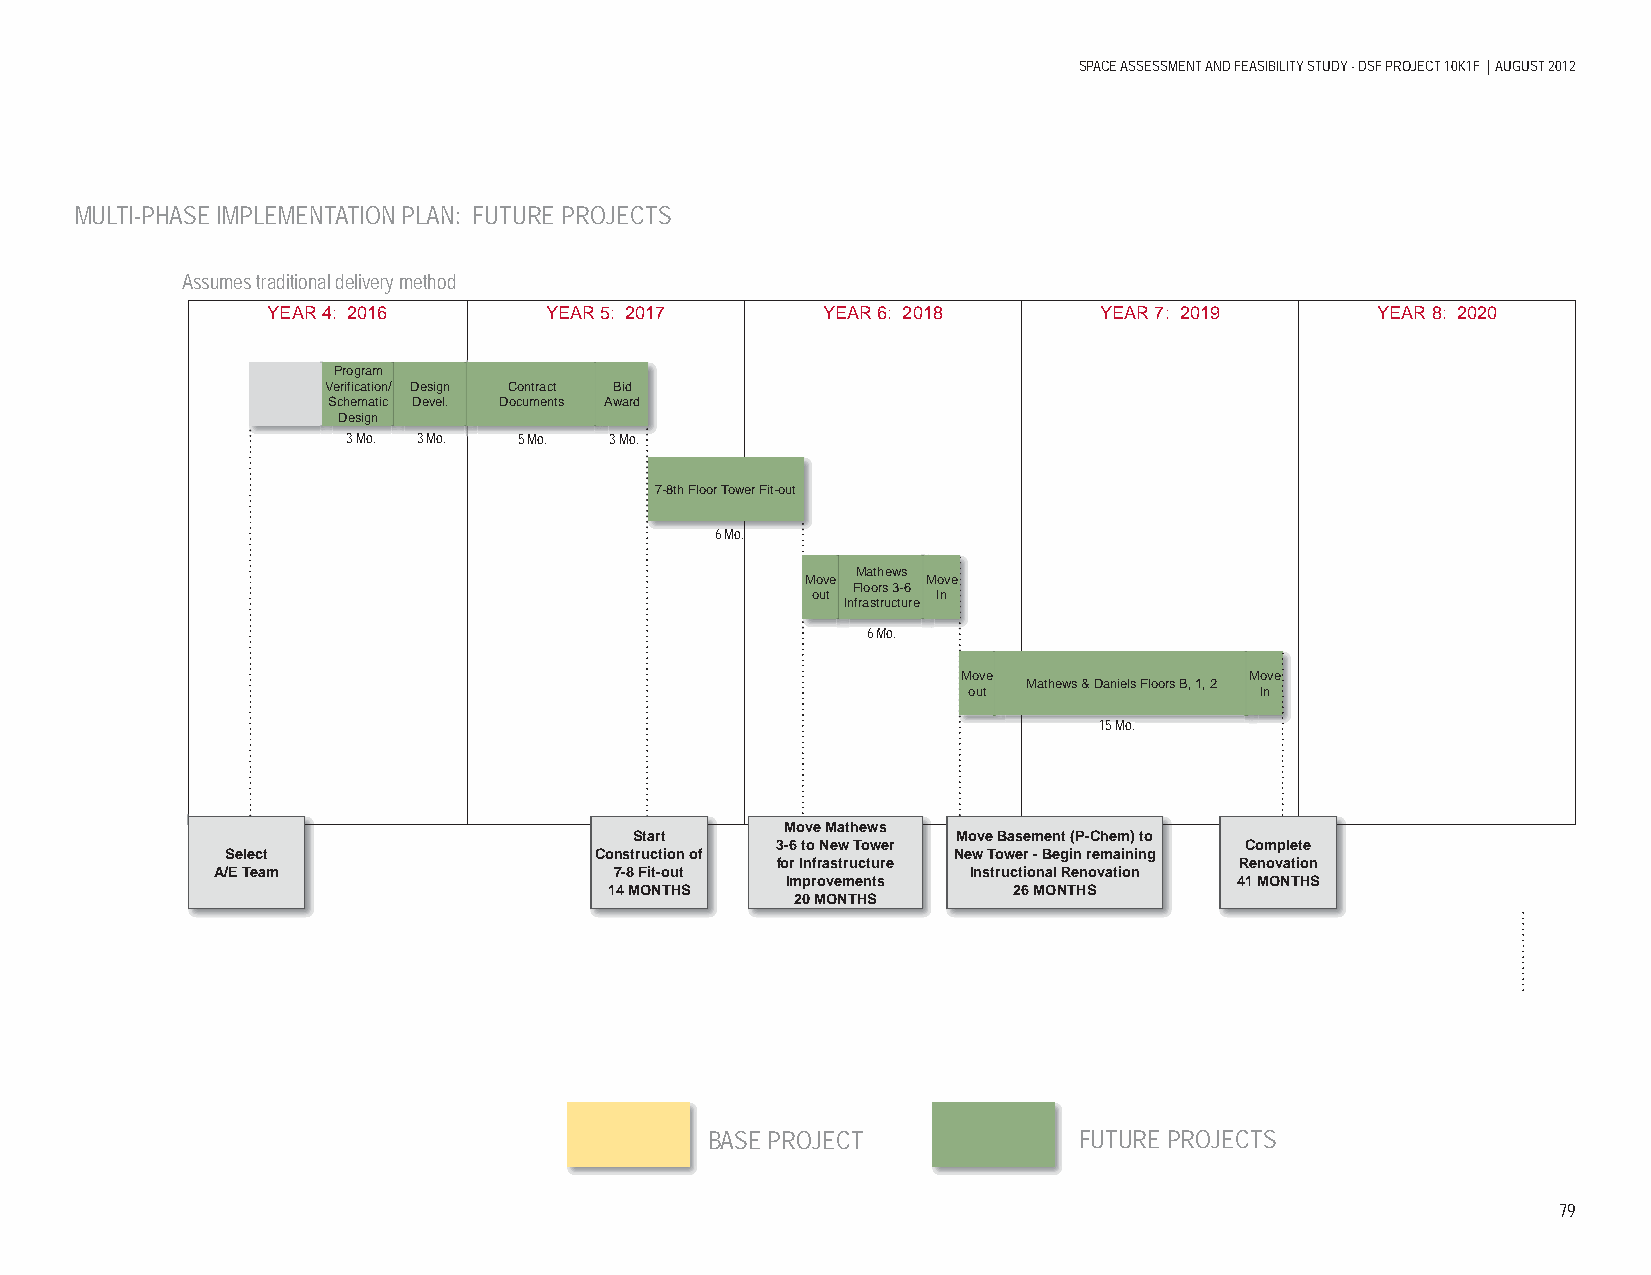
SPACE ASSESSMENT AND FEASIBILITY STUDY - DSF PROJECT 10K1F | AUGUST 2012
 MULTI-PHASE IMPLEMENTATION PLAN: FUTURE PROJECTS
 Assumes traditional delivery method
 YEAR 4: 2016      YEAR 5: 2017      YEAR 6: 2018       YEAR 7: 2019      YEAR 8: 2020
 Program
 Verification// Design Contract Bid
 Schematic Devel. Documents Award
 Design
 3 Mo. 3 Mo. 5 Mo. 3 Mo.
 7-8th Floor Tower Fit-out
 6 Mo.
 Mathews
 Move    Move
 Floors 3-6
 out     In
 Infrastructure
 66 MMo.
 Move               Move
 Mathews & Daniels Floors B, 1, 2
 out                In
 1155 MMoo.
 Move Mathews
 Start                Move Basement (P-Chem) to
 3-6 to New Tower               Complete
 Select                  Construction of         New Tower - Begin remaining
 for Infrastructure             Renovation
 A/E Team                   7-8 Fit-out            Instructional Renovation
 Improvements                  41 MONTHS
 14 MONTHS                  26 MONTHS
 20 MONTHS
 BASE PROJECT            FUTURE PROJECTS
 79